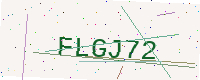
Text: FLGJ72